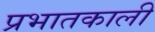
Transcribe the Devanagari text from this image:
प्रभातकाली